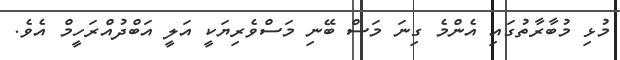
މުޅި މުބާރާތުގައި އެންމެ ގިނަ މަސް ބޭނި މަސްވެރިޔަކީ އަލީ އަބްދުއްރަހީމް އެވެ.